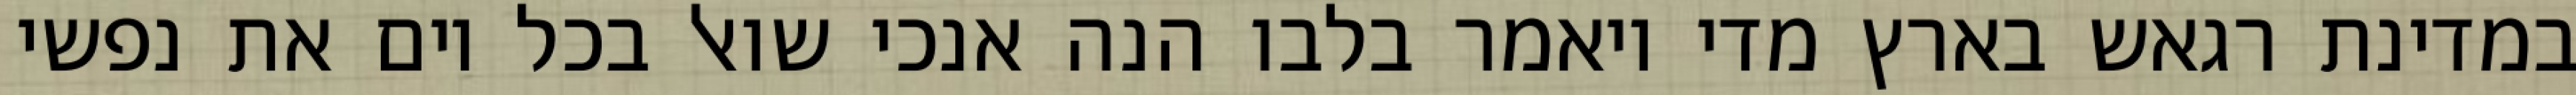
במדינת רגאש בארץ מדי ויאמר בלבו הנה אנכי שואל בכל יום את נפשי